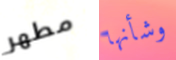
مطهر وشأنها